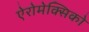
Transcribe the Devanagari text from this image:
ऐरोमेक्सिको